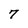
Character: 7